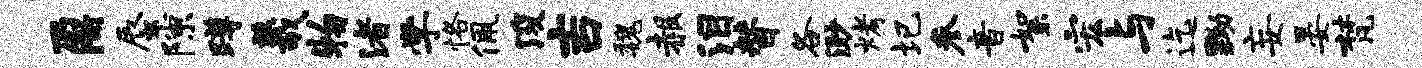
鼐蜃隙蹲羲物渚学恪佩浚吉魏赧泪替各渺烤圮参音絮宏与迄黝妄晏梵